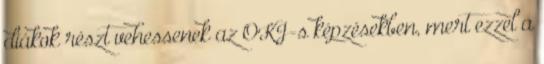
diákok részt vehessenek az OKJ-s képzésekben, mert ezzel a